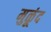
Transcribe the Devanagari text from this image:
मुळूंद